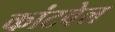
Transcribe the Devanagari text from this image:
कांटवेल